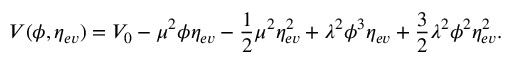
V ( \phi , \eta _ { e v } ) = V _ { 0 } - \mu ^ { 2 } \phi \eta _ { e v } - \frac { 1 } { 2 } \mu ^ { 2 } \eta _ { e v } ^ { 2 } + \lambda ^ { 2 } \phi ^ { 3 } \eta _ { e v } + \frac { 3 } { 2 } \lambda ^ { 2 } \phi ^ { 2 } \eta _ { e v } ^ { 2 } .